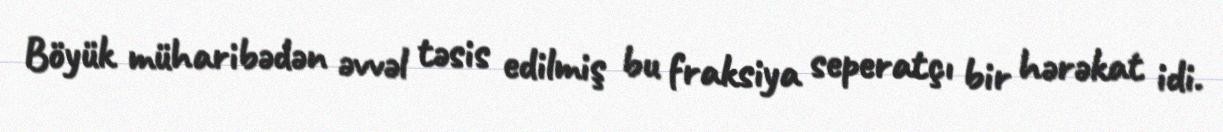
Böyük müharibədən əvvəl təsis edilmiş bu fraksiya seperatçı bir hərəkat idi.